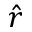
\hat { r }